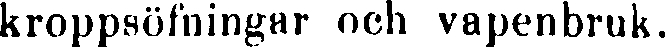
kroppsöfningar och vapenbruk.